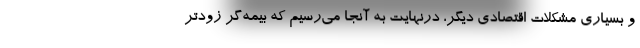
و بسیاری مشکلات اقتصادی دیگر، درنهایت به آنجا می‌رسیم که بیمه‌گر زودتر